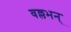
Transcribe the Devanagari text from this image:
वल्लभन्